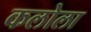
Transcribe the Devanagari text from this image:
कलोला